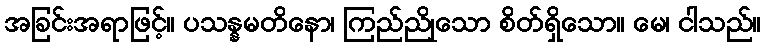
အခြင်းအရာဖြင့်။ ပသန္နမတိနော၊ ကြည်ညိုသော စိတ်ရှိသော။ မေ၊ ငါသည်။